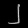
Digit: ၂